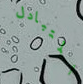
المتبادل